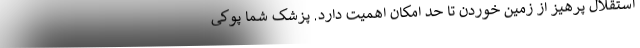
استقلال پرهیز از زمین خوردن تا حد امکان اهمیت دارد. پزشک شما پوکی